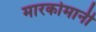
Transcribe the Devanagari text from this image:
मारकोमानी